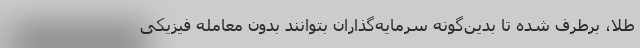
طلا، برطرف شده تا بدین‌گونه سرمایه‌گذاران بتوانند بدون معامله فیزیکی